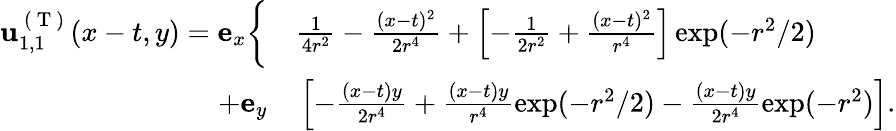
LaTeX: \begin{array}{rl}{\mathbf{u}_{1,1}^{\mathrm{~(~T~)~}}(x-t,y)=\mathbf{e}_{x}\bigg\{ }&{{}\frac{1}{4r^{2}}-\frac{(x-t)^{2}}{2r^{4}}+\left[-\frac{1}{2r^{2}}+\frac{(x-t)^{2}}{r^{4}}\right]\exp(-r^{2}/2)}\\ {+\mathbf{e}_{y}}&{{}\left[-\frac{(x-t)y}{2r^{4}}+\frac{(x-t)y}{r^{4}}\exp(-r^{2}/2)-\frac{(x-t)y}{2r^{4}}\exp(-r^{2})\right].}\end{array}